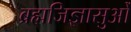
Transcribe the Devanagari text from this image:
ब्रह्मजिज्ञासुओं